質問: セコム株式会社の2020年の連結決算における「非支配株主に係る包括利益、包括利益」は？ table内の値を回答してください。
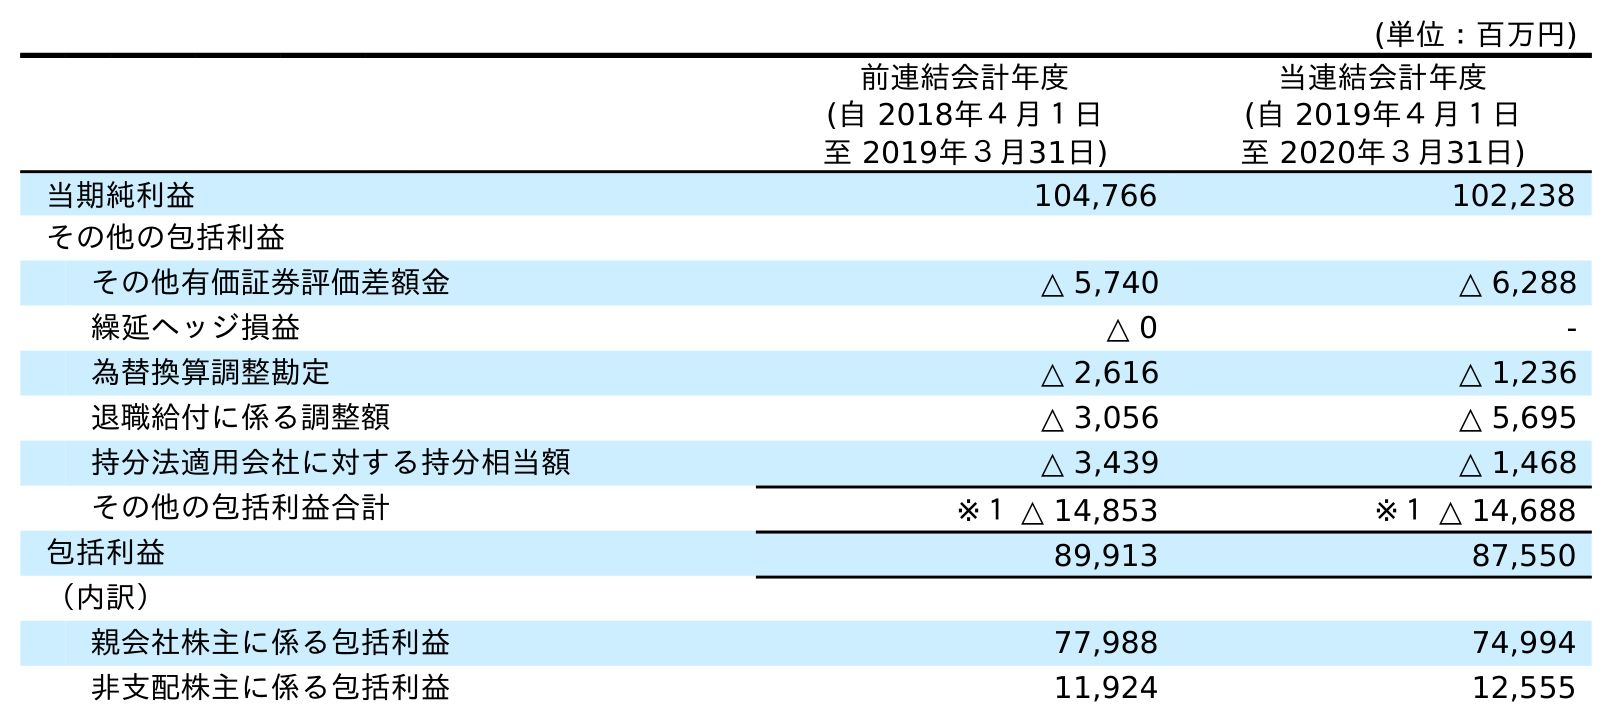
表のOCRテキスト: (単位：百万円) 前連結会計年度 (自 2018年４月１日 至 2019年３月31日) 当連結会計年度 (自 2019年４月１日 至 2020年３月31日) 当期純利益 104,766 102,238 その他の包括利益 その他有価証券評価差額金 △ 5,740 △ 6,288 繰延ヘッジ損益 △ 0 - 為替換算調整勘定 △ 2,616 △ 1,236 退職給付に係る調整額 △ 3,056 △ 5,695 持分法適用会社に対する持分相当額 △ 3,439 △ 1,468 その他の包括利益合計 ※１ △ 14,853 ※１ △ 14,688 包括利益 89,913 87,550 （内訳） 親会社株主に係る包括利益 77,988 74,994 非支配株主に係る包括利益 11,924 12,555
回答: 12,555